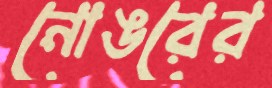
নোঙরের